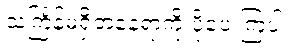
သင်္ကြန်မရှိတဲ့နေရာကို ပို့ပေးကြပါ။